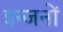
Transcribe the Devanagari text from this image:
इन्जनों